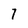
Character: 7